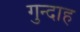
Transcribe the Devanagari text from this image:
गुन्दाह